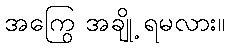
အကြွေ အချို့ ရမလား။